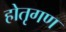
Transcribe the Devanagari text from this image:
होतृगण